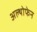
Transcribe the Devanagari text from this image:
अल्थोफेन